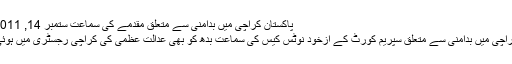
پاکستان کراچی میں بدامنی سے متعلق مقدمے کی سماعت ستمبر 14, 2011
کراچی میں بدامنی سے متعلق سپریم کورٹ کے ازخود نوٹس کیس کی سماعت بدھ کو بھی عدالت عظمیٰ کی کراچی رجسٹری میں ہوئی۔